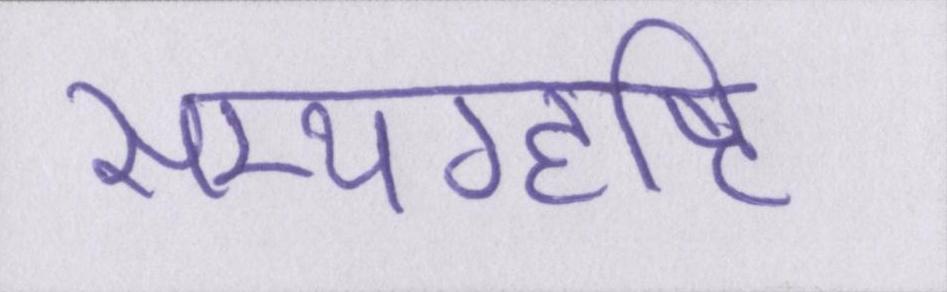
सम्यग्दृष्टि